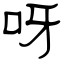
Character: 呀